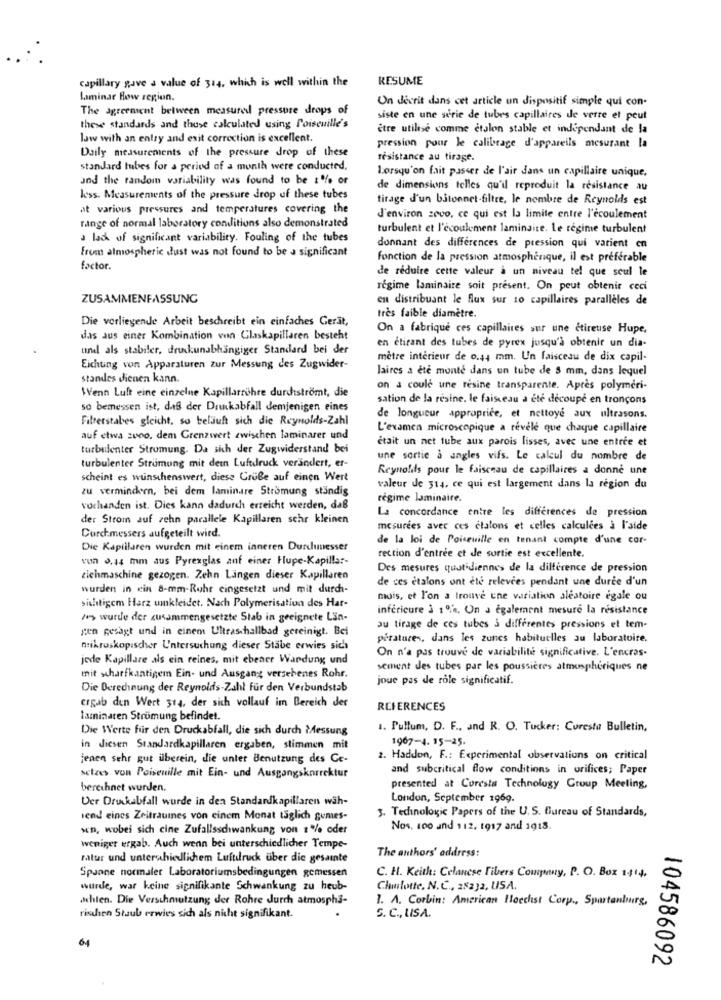
capillary gave a value of 314, which is well within the
RESUME
Laminar Bow region.
Un décrit dans cet article un dispositif simple qui con-
The agreement between measured pressure drops of
siste en une serie de tubes capillaires de verre et peut
these standards and thuse calculated using Poiseuille's
être utilisé comme etalon stable et independant de la
law with an entry and exit correction is excellent.
Daily measurements of the pressure drop of these
pression pour le calibrage d'appareils mesurant la
résistance au tirage.
standard tubes for a period of a month were conducted.
Lorsqu'on fait passer de l'air dans un capillaire unique.
and the random variability was found to be 1% of
de dimensions telles qu'il reproduit la résistance au
less. Measurements of the pressure drop of these tubes
tirage d'un bitonnet-filtre, le nombre de Reynolds est
at various pressures and temperatures covering the
range of normal laboratory conditions also demonstrated
d'environ zovo, ce qui est la limite entre l'écoulement
turbulent et l'écoulement laminaise. Le régime turbulent
a lack of significant variability. Fouling of the tubes
from atmospheric dust was not found to be a significant
donnant des differences de pression qui varient en
fonction de la pression atmosphérique, il est préférable
factor.
de réduire cette valeur a un niveau tel que soul le
regime laminaire soit present. On peut obtenir ceci
ZUSAMMENFASSUNG
en distribuant le flux sur 10 capillaires parallèles de
Die vorliegende Arbeit beschreibt ein einfaches Gerät,
très faible diamètre.
On a fabrique ces capillaires sur une ctireuse Hupe,
das aus einer Kombination von Glaskapillaren besteht
en étirant des tubes de pyrex jusqu'à obtenir un dia-
und als stabiler, druckunabhängiger Standard bei der
metre interieur de o.44 mm. Un faisceau de dix capil-
Eichung von Apparaturen zur Messung des Zugwider-
laires a ete monte dans un tube de 5 mm, dans lequel
standes dienen kann.
Wenn Luft eine einzelne Kapillarrühre durchströmt, die
on a coule une resine transparente. Après polymeri-
sation de la résine, le faisceau a été découpe en tronçons
so bemessen ist, daß der Drunkabfall demjenigen eines
Filterstabes gleicht, so beläuft sich die Reynolds-Zahl
de longueur approprice, et nettoye aux ultrasons.
L'examen microscopique a révélé que chaque capillaire
auf etwa zuoo, dem Grenzwert zwischen laminarer und
était un net tube aux parois lisses, avec une entrée et
turbulenter Stromung. Da sich der Zugwiderstand bei
turbulenter Strömung mit dein Luftdruck verändert, er-
une sortie a angles vifs. Le calcul du nombre de
Reynolds pour le faisceau de capillaires a donne une
scheint es wünschenswert, diese Gruße auf einen Wert
zu vermindern, bei dem laminare Strömung ständig
valeur de 314, ce qui est largement dans la région du
regime laminaire.
vorhanden ist. Dies kann dadurch erreicht werden, daß
La concordance entre les differences de pression
der Strom auf zehn parallele Kapillaren schr kleinen
mesurees avec ces ctalons et celles calculees à I'side
Durchmessers aufgeteilt wird.
de la loi de Poiseuille en tenant compte d'une cor-
Die Kapillaren wurden mit einem inneren Durdunesser
von 0,44 mm aus Pyrexglas anf einer Hupe-Kapillar-
rection d'entrée et de sortie est excellente.
Des mesures quotidiennes de la différence de pression
zichmaschine gezogen. Zehn Längen dieser Kapillaren
de ces étalons ont été relevées pendant une dure d'un
wurden in cin 8-mm-Ruhr eingesetzt und mit durch-
mois, et l'on a trouve une variation aléatoire egale ou
sichtigem Harz umkleidet. Nach Polymerisation des Har-
inférieure à 1%. On a également mesure la résistance
/es wurde der zusammengesetzte Stab in geeignete Län-
gen gesagt und in einem Ultraschallbad gereinigt. Bei
au tirage de ces tubes 3 differentes pressions et tem-
peratures, dans les zunes habituelles au laboratoire.
mikroskopischer U'ntersuchung dieser Stabe erwies sich
On n'a pas trouvé de variabilité significative. L'encras-
jede Kapillare als ein reines, mit ebener Wardung und
sement des tubes par les poussières atmosphériques ne
mit scharfkantigem Ein- und Ausgang versehenes Rohr.
joue pas de role significatif.
Die Berechnung der Reynolds-Zahl für den Verbundstab
ergab den Wert 314, der sich vollauf im Bereich der
REFERENCES
laminaten Strumung befindet.
Die Werte für den Druckabfall, die sich durch Messung
1. Pullum, D. F ., and R. O. Tucker: Curesta Bulletin,
1907-4. 15-25.
in diesen Standardkapillaren ergaben, stimmen mit
jenen sehr gut überein, die unter Benutzung des Ce-
2. Haddon, F .: Experimental observations on critical
and subcritical flow conditions in orifices; Paper
selzes von Poiseuille mit Ein- und Ausgangskorrektur
berechnet wurden.
presented at Coresla Technology Group Meeting,
Der Druckabfall wurde in den Standardkapillaren wäh-
London, September 1969.
3. Technologic Papers of the U. S. Bureau of Standards,
lend eines Zeitraumes von einem Monat täglich gumes-
sen, wobei sich cine Zufallsschwankung von 1% oder
Nos, 100 and 112, 1917 and 1918.
weniger ergab. Auch wenn bei unterschiedlicher Tempe-
The authors' address:
ratur und unterahiedlichem Luftdruck über die gesamte
Spanne normaler Laboratoriumsbedingungen gemessen
C. H. Keith: Celanese Fibers Company, P. O. Box 1-$14.
wurde, war keine signifikante Schwankung zu heub-
Charlotte. N.C ., 28232, USA.
chien. Die Verschmutzung der Rohre Jurch atmosphi-
1. A. Corbin: American Hoechst Corp ., Spartanburg,
S. C ., LISA.
rischien Staub erwies sich als nicht signifikant.
64
104586092